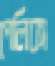
পেলিকা